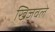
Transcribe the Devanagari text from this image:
खिजवले